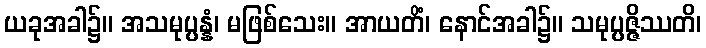
ယခုအခါ၌။ အသမုပ္ပန္နံ၊ မဖြစ်သေး။ အာယတိံ၊ နောင်အခါ၌။ သမုပ္ပဇ္ဇိဿတိ၊